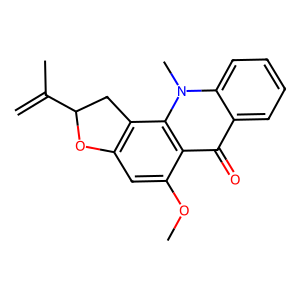
SMILES: C=C(C)C1Cc2c(cc(OC)c3c(=O)c4ccccc4n(C)c23)O1
Inhibits HIV replication: No